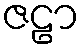
ဇဠာ